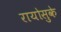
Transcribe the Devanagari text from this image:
रायोसुके